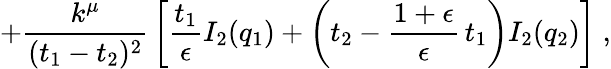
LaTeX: +\frac{k^{\mu}}{(t_{1}-t_{2})^{2}}\, \left[\frac{t_{1}}{\epsilon}I_{2}(q_{1})+\left(t_{2}-\frac{1+\epsilon}{\epsilon}\, t_{1}\right)I_{2}(q_{2})\right]\; ,